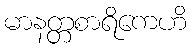
မာနတ္တစာရိကေဟိ